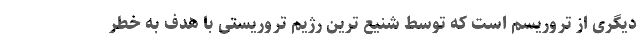
دیگری از تروریسم است که توسط شنیع ترین رژیم تروریستی با هدف به خطر